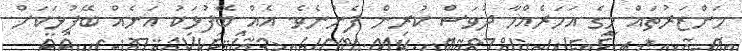
މަންޒަރުތައް މީގެ އަހަރެއްހާ ދުވަސް ކުރިން ފެނުނެވެ. އެއް ބޭފުޅަކު އަނެއް ބޭފުޅަކަށް